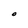
Character: O